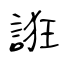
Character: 誑